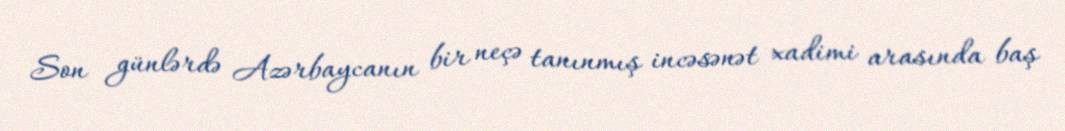
Son günlərdə Azərbaycanın bir neçə tanınmış incəsənət xadimi arasında baş